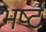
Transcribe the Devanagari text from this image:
भर्ष्ट